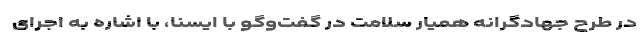
در طرح جهادگرانه همیار سلامت در گفت‌وگو با ایسنا، با اشاره به اجرای